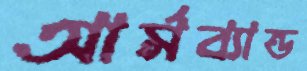
আর্মব্যান্ড